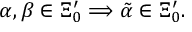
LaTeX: \alpha , \beta \in \Xi _ { 0 } ^ { \prime } \Longrightarrow \tilde { \alpha } \in \Xi _ { 0 } ^ { \prime } .